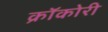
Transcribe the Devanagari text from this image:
क्रॉकोरी